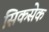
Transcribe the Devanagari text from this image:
सिकसेक